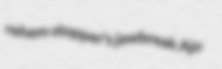
rehem stopper's jawbreak Ajo